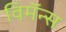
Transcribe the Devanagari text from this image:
विमॅन्स